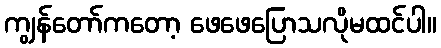
ကျွန်တော်ကတော့ ဖေဖေပြောသလိုမထင်ပါ။